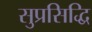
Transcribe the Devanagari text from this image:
सुप्रसिद्धि